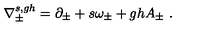
\nabla _ { \pm } ^ { s , g h } = \partial _ { \pm } + s \omega _ { \pm } + g h A _ { \pm } \ .